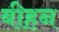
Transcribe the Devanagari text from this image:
बीहन